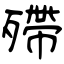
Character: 殢